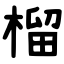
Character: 榴